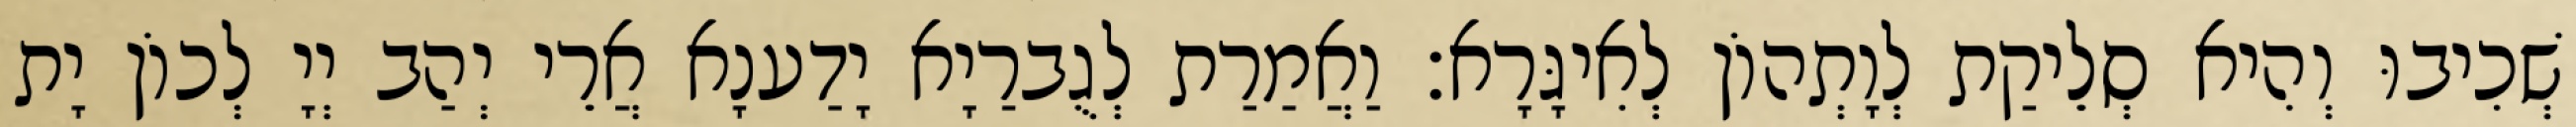
שְׁכִיבוּ וְהִיא סְלֵיקַת לְוָתְהוֹן לְאִיגָּרָא׃ וַאֲמַרַת לְגֻברַיָא יָדַענָא אֲרֵי יְהַב יְיָ לְכוֹן יָת